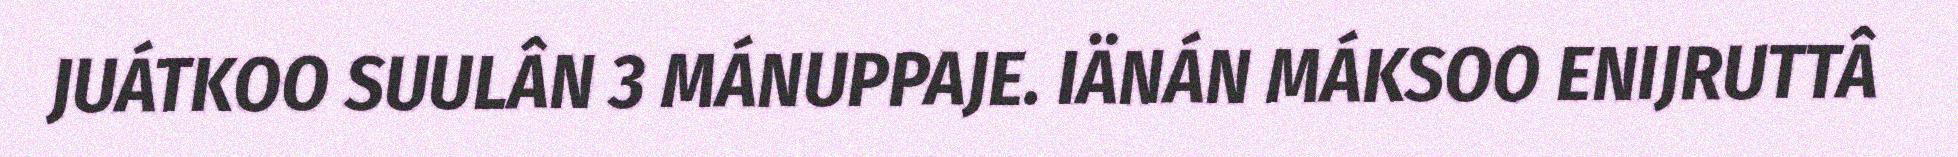
JUÁTKOO SUULÂN 3 MÁNUPPAJE. IÄNÁN MÁKSOO ENIJRUTTÂ